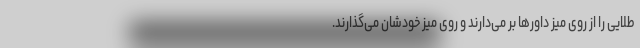
طلایی را از روی میز داورها بر می‌دارند و روی میز خودشان می‌گذارند.